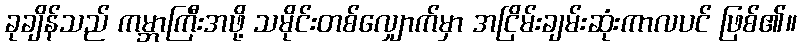
ခုချိန်သည် ကမ္ဘာကြီးအဖို့ သမိုင်းတစ်လျှောက်မှာ အငြိမ်းချမ်းဆုံးကာလပင် ဖြစ်၏။